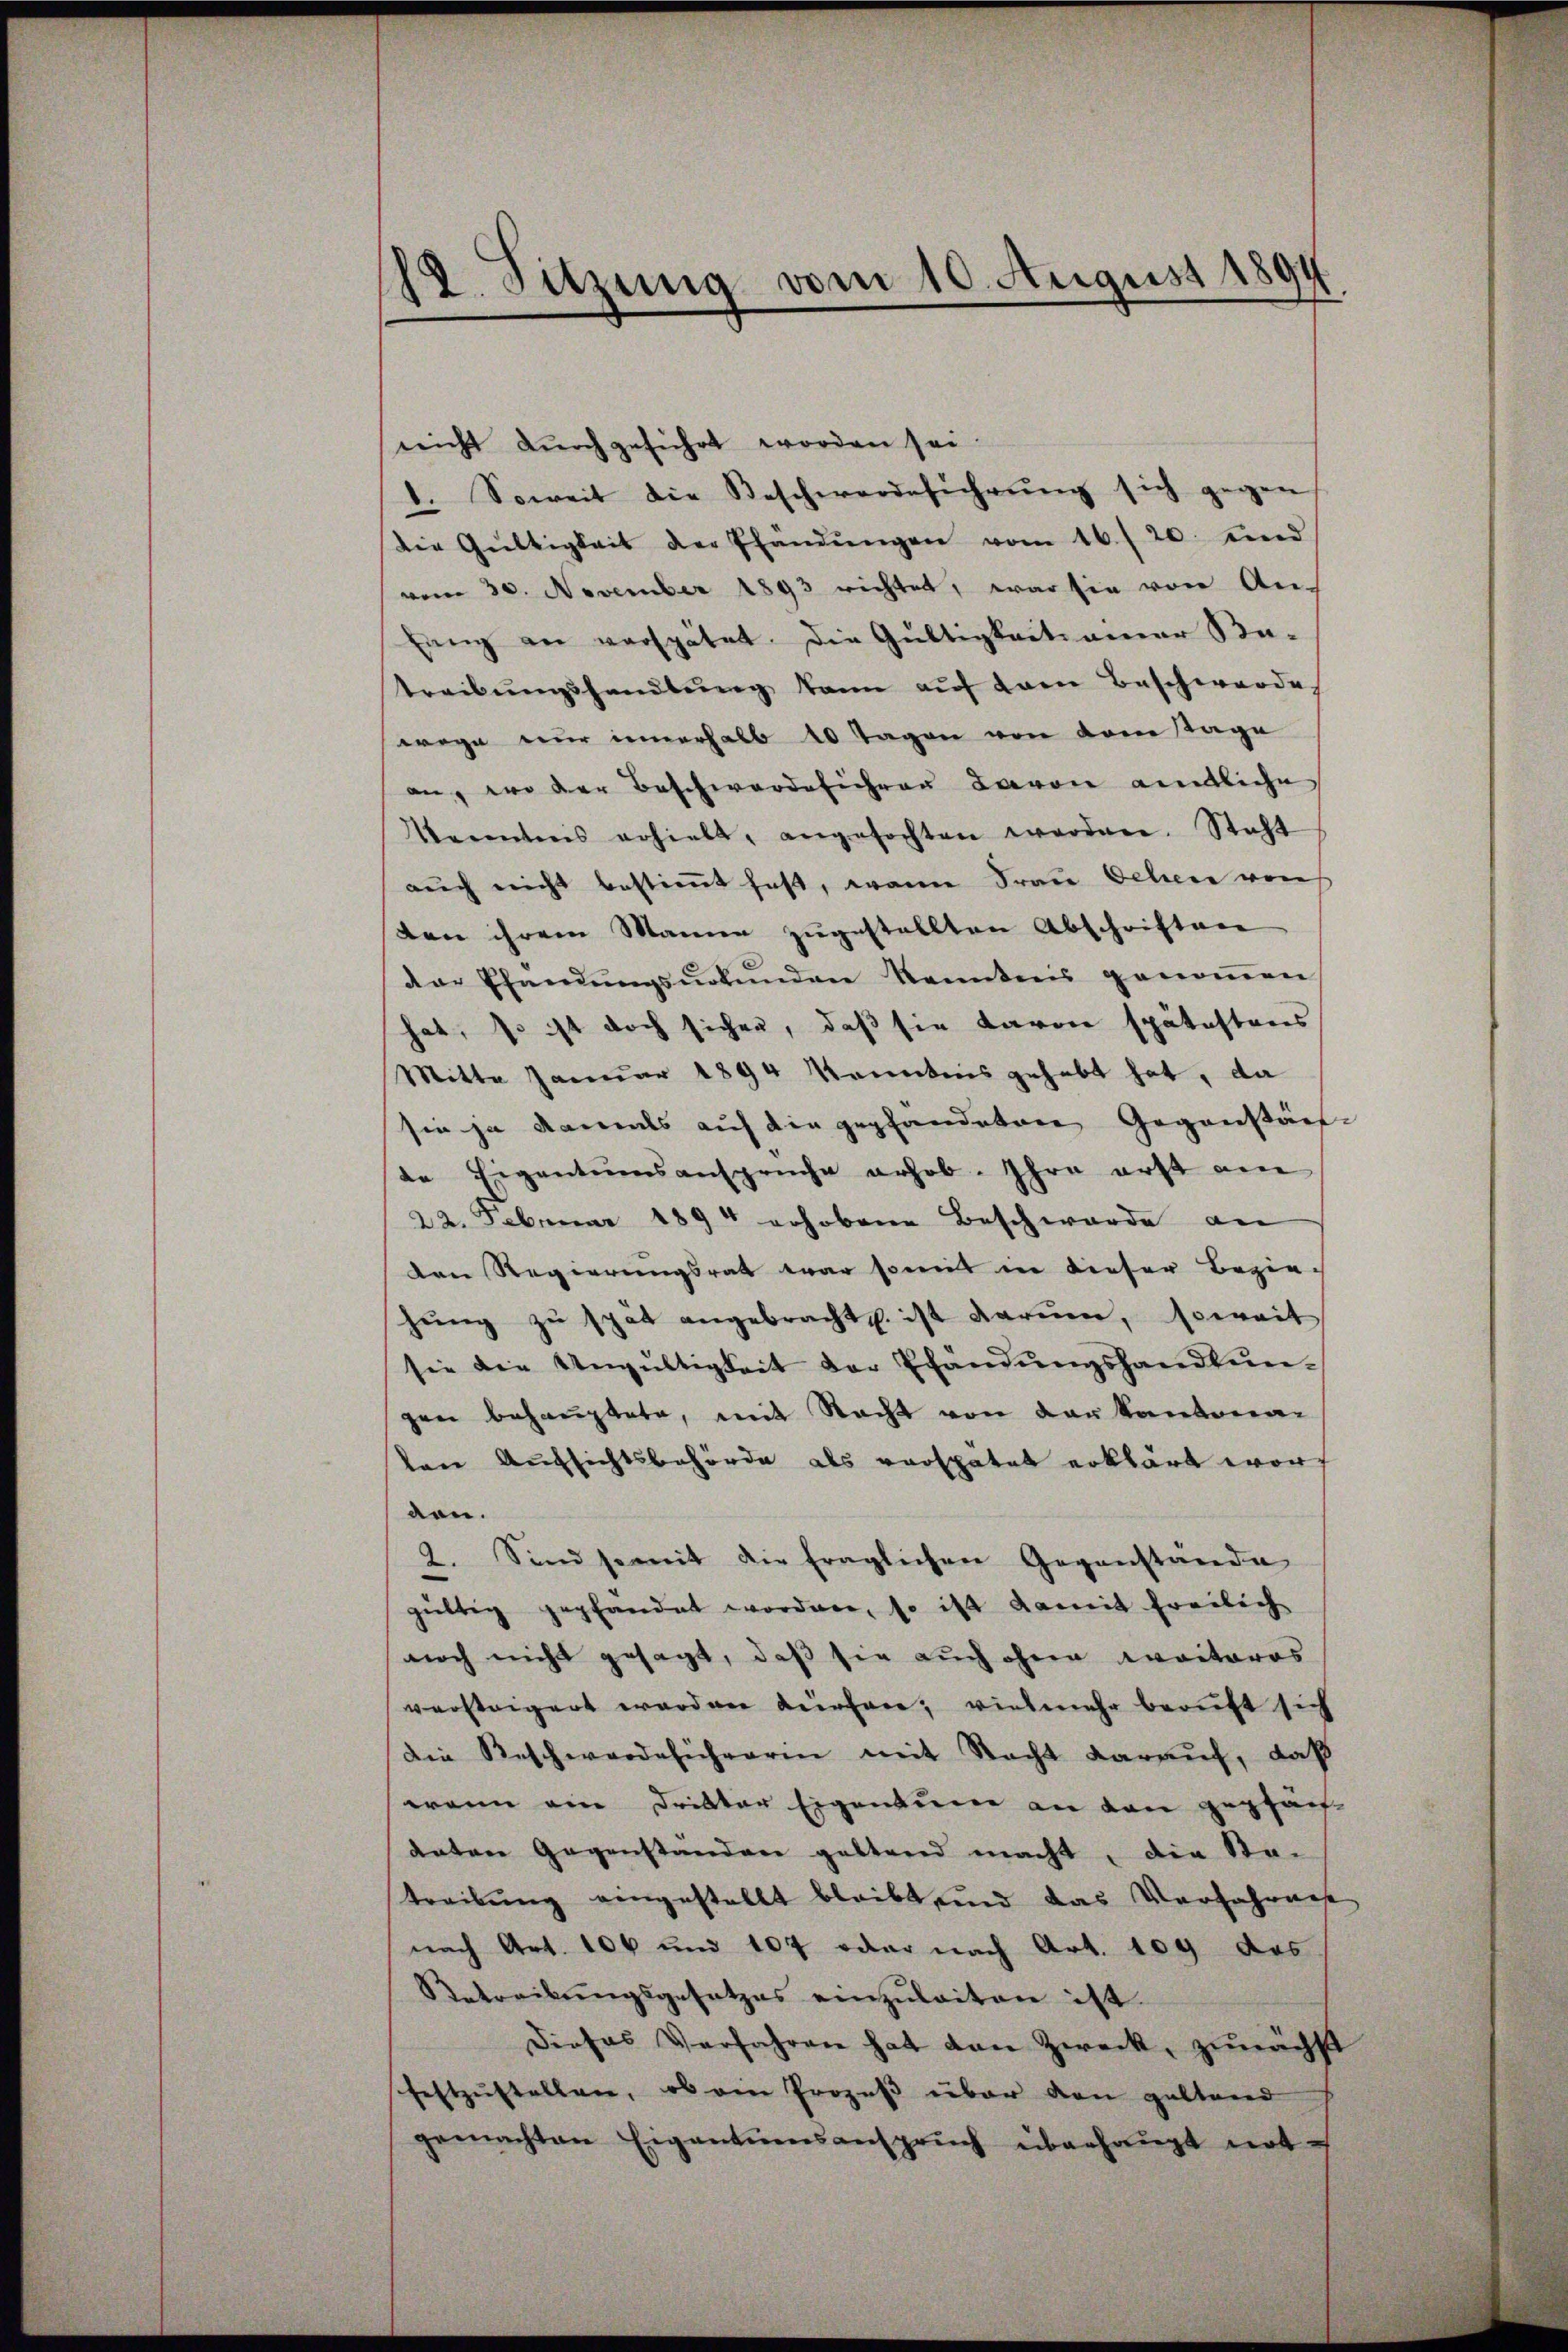
18. Sitzung vom 10. August 1891

nicht durchgeführt worden sei
1. Soweit die Beschwerdeführŭng sich gegen
die Gültigkeit der Pfandŭngen vom 16./20. Ferd
vom 30. November 1893 richtet, war sie von An-
fang an verspätet. Die Gültigkeitsamer Be-
treibŭngshandlŭng kann aŭf dann Beschwerde
wege nur innerhalb 10 Tagen von von Tage
an, wo der Beschwerdeführen Baron amtliche
Kenntnis erhielt, angefochten werden. Steht
aŭch nicht bestiṁt hast, wann Frau Geliere von
ton ihrem Manne zugestellten Abschriften
der Pfandŭngsŭrkŭnden kanntnis genoṁen,
hat, so ist doch sichen, daß sie davon spätestens
Mitte Januar 1894 Kenntnis gehabt hat, da
sie ja damals auf die gepfandeten Gegenstäch
te Eigentumsansprüche erhob. Ihre erst am
22. Februar 1894 erhobene Beschwerde an
den Regierungsrat war somit in dieser Beziehŭng zŭ spät angebracht u. ist darum, soweit
sie die Ungültigkeit der Ehändŭngshandlŭn-
gen behauptete, mit Nacht von den kantona
lene Aufsichtsbehörde als verspätet erklärt worden.
2. Sind somit die fraglichen Gegenstände
gültig gepfandet worden, so ist damit freilich
noch nicht gesagt, daß sie auch ohner weiteres
versteigert werden dürfare, vielmehr beruft sich
Die Beschwerde sicherren mit Nacht darauf, daß
wann ein Dritter Eigentum an den gepfäch-
daten Gegenständere geltend macht, die Sta-
treibung eingestellt bleibt, und das Verfahrnist
nach Art. 106 und 107 oder nach Art. 109 das
Betreibŭngsgesetzes einzŭleiten ist.
Dieses Verfahren hat den Zweck, zunächst
festzustellen, ob ein Prozeß über den geltend
gemachten Eigentionsansprŭch überhaupt not-